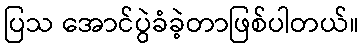
ပြသ အောင်ပွဲခံခဲ့တာဖြစ်ပါတယ်။